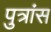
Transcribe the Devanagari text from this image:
पुत्रांस